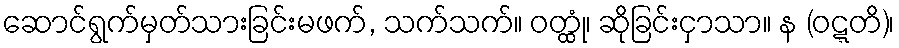
ဆောင်ရွက်မှတ်သားခြင်းမဖက်, သက်သက်။ ဝတ္ထုံ၊ ဆိုခြင်းငှာသာ။ န (ဝဋ္ဋတိ)၊